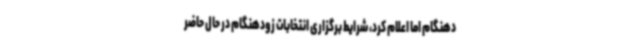
دهنگام اما اعلام کرد، شرایط برگزاری انتخابات زودهنگام در حال حاضر